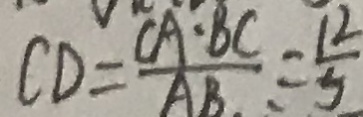
C D = \frac { C A \cdot B C } { A B \cdot } = \frac { 1 2 } { 5 }